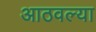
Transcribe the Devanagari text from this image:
आठवल्या